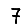
Digit: 7